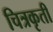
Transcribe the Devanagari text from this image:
चित्रकृती